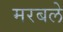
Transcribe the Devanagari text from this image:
मरबले